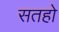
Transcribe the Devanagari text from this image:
सतहो